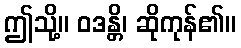
ဤသို့။ ဝဒန္တိ၊ ဆိုကုန်၏။